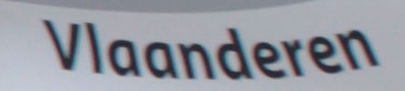
Vlaonderen